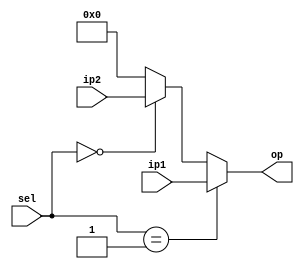
`timescale 1ns / 1ps
//////////////////////////////////////////////////////////////////////////////////
// Company: 
// Engineer: 
// 
// Design Name: 
// Module Name: input_mux
// Project Name: 
// Target Devices: 
// Tool Versions: 
// Description: 
// 
// Dependencies: 
// 
// Revision:
// Revision 0.01 - File Created
// Additional Comments:
// 
//////////////////////////////////////////////////////////////////////////////////


module input_mux(
    input [31:0] ip1,
    input [31:0] ip2,
    input [1:0] sel,
    output [31:0] op
    );
    assign op = (sel == 2'b01)?ip1:(sel == 2'b00)?ip2:32'h0;
endmodule